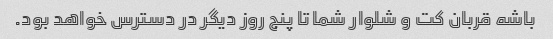
باشه قربان کت و شلوار شما تا پنج روز دیگر در دسترس خواهد بود.